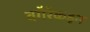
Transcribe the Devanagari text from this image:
वगैरेंकडून